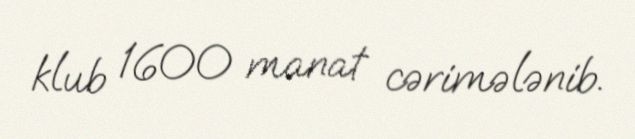
klub 1600 manat cərimələnib.